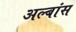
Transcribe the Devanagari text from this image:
अल्बांस